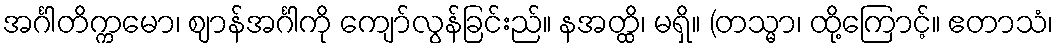
အင်္ဂါတိက္ကမော၊ ဈာန်အင်္ဂါကို ကျော်လွန်ခြင်းည်။ နအတ္ထိ၊ မရှိ။ (တသ္မာ၊ ထို့ကြောင့်။ ဧတာသံ၊